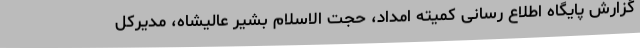
گزارش پایگاه اطلاع رسانی کمیته امداد، حجت الاسلام بشیر عالیشاه، مدیرکل